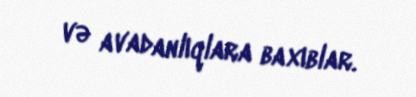
və avadanlıqlara baxıblar.